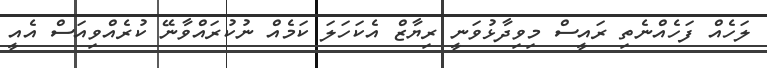
ލަހެއް ފަހެއްނެތި ރައީސް މިވިދާޅުވަނީ ރިޔާޒް އެކަހަލަ ކަމެއް ނުކުރައްވާނޭ ކުރެއްވިއަސް އެއީ